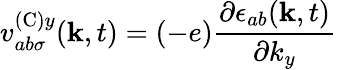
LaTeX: v_{ab\sigma}^{(\textrm{C})y}(\mathbf{k},t)=(-e)\frac{\partial\epsilon_{ab}(\mathbf{k},t)}{\partial k_{y}}